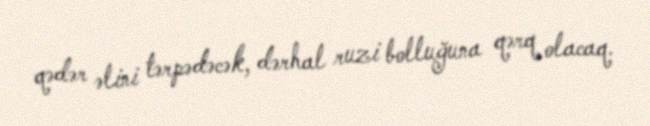
qədər əlini tərpədəcək, dərhal ruzi bolluğuna qərq olacaq.